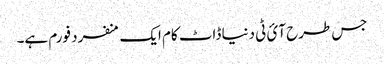
جس طرح آئ ٹی دنیا ڈاٹ کام ایک منفرد فورم ہے۔